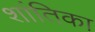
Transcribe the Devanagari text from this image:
शांतिका